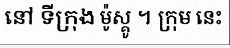
នៅ ទីក្រុង ម៉ូស្គូ ។ ក្រុម នេះ